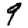
Digit: 9